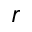
r